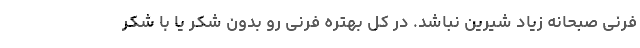
فرنی صبحانه زیاد شیرین نباشد. در کل بهتره فرنی رو بدون شکر یا با شکر